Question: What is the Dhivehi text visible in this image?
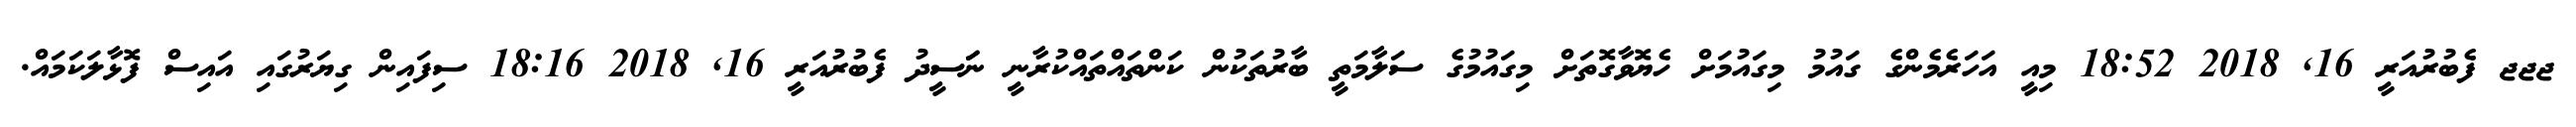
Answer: ޖޖޖ ފެބުރުއަރީ 16, 2018 18:52 މިއީ އަހަރެމެންގެ ގައުމު މިގައުމަށް ހެޔޮވާގޮތަށް މިގައުމުގެ ސަލާމަތީ ބާރުތަކުން ކަންތައްތައްކުރާނީ ނަަސީދު ފެބުރުއަރީ 16, 2018 18:16 ސިފައިން ގިޔަރުގައި އައިސް ފޮޅާލަކަމައް.